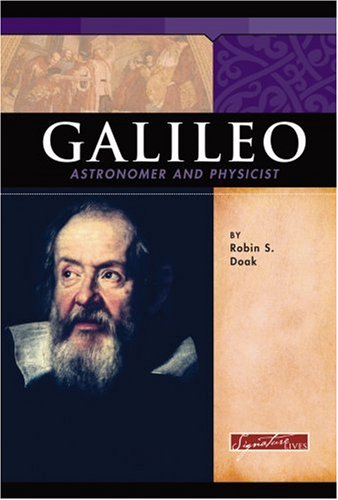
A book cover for Galileo (Signature Lives); Robin Santos Doak; Children's Books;